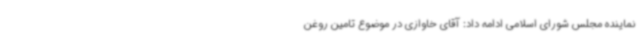
نماینده مجلس شورای اسلامی ادامه داد: آقای خاوازی در موضوع تامین روغن